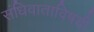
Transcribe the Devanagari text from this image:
संधिवाताविषयी